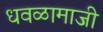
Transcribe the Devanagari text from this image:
धवळामाजी